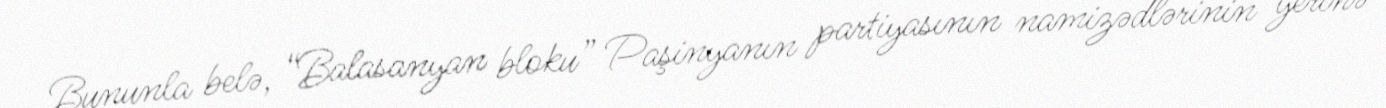
Bununla belə, “Balasanyan bloku” Paşinyanın partiyasının namizədlərinin yerinə